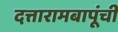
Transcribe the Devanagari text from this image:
दत्तारामबापूंची